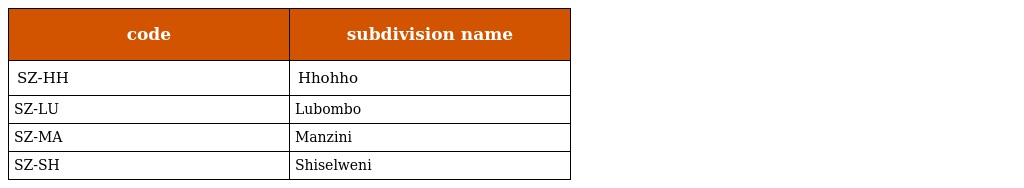
| code | subdivision name |
 | --- | --- |
 | SZ-HH | Hhohho |
 | SZ-LU | Lubombo |
 | SZ-MA | Manzini |
 | SZ-SH | Shiselweni |